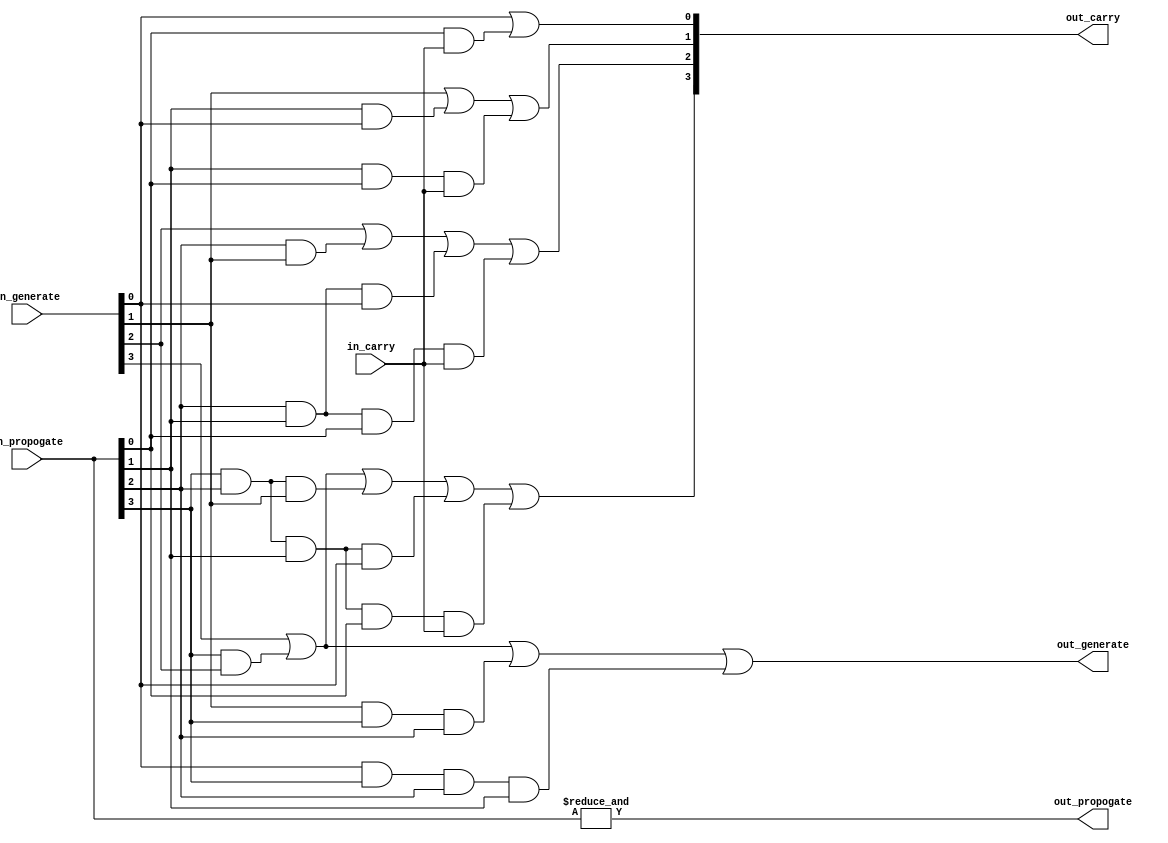
module cla_logic(input in_carry, input [3:0] in_generate, input [3:0] in_propogate, output [3:0] out_carry, output out_generate, output out_propogate);

	assign out_carry[0] = in_generate[0] | (in_propogate[0] & in_carry);
	assign out_carry[1] = in_generate[1] | (in_propogate[1] & in_generate[0]) | (in_propogate[1] & in_propogate[0] & in_carry);
	assign out_carry[2] = in_generate[2] | (in_propogate[2] & in_generate[1]) | (in_propogate[2] & in_propogate[1] & in_generate[0]) | (in_propogate[2] & in_propogate[1] & in_propogate[0] & in_carry);
	assign out_carry[3] = in_generate[3] | (in_propogate[3] & in_generate[2]) | (in_propogate[3] & in_propogate[2] & in_generate[1]) | (in_propogate[3] & in_propogate[2] & in_propogate[1] & in_generate[0]) | (in_propogate[3] & in_propogate[2] & in_propogate[1] & in_propogate[0] & in_carry);
	
	assign out_propogate = &in_propogate;
	assign out_generate = in_generate[3] | (in_generate[2] & in_propogate[3]) | (in_generate[1] & in_propogate[3] & in_propogate[2]) | (in_generate[0] & in_propogate[3] & in_propogate[2] & in_propogate[1]);

endmodule